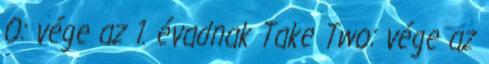
0: vége az 1. évadnak Take Two: vége az